Report on the Nagpur School of Medicine, Central Provinces
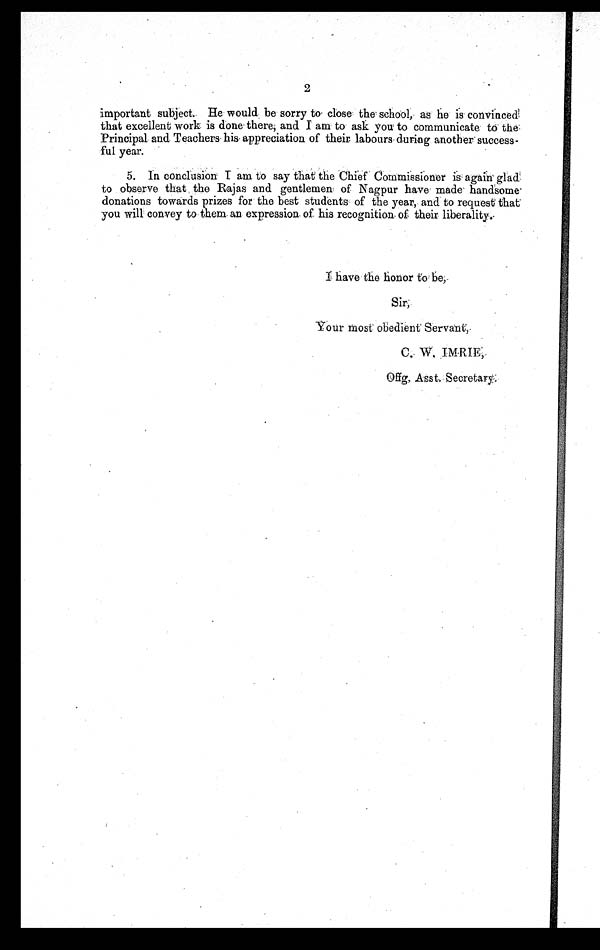
2
important subject. He would be sorry to close the . school, as he is convinced
that excellent work is done there; and I am to ask you to communicate to the
Principal and Teachers his appreciation of their labours during another success-
ful year.
5. In conclusion I am to say that the Chief Commissioner is : again glade
to observe that the Rajas and gentlemen of Nagpur have made handsome
donations towards prizes for the best students of the year, and to request that
you will convey to them an expression of his recognition of their liberality.
b e ,
Your most obedient Servant,
C. W. IMRIE,
Offg. Asst. Secretary.